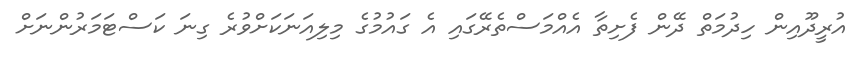
އުރީދޫއިން ހިދުމަތް ދޭން ފެށިތާ އެއްމަސްތެރޭގައި އެ ގައުމުގެ މިލިއަނަކަށްވުރެ ގިނަ ކަސްޓަމަރުންނަށް